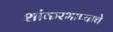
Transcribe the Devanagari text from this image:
शांकरभाष्याचे